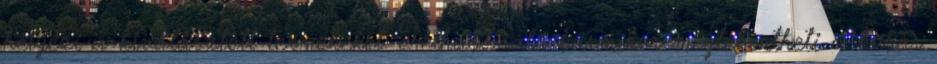
helyezi a kiválasztott termékeket. Felhasználó bármikor megtekintheti a kosár